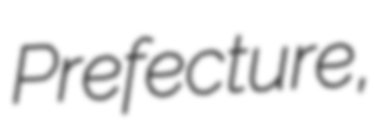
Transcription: Prefecture,